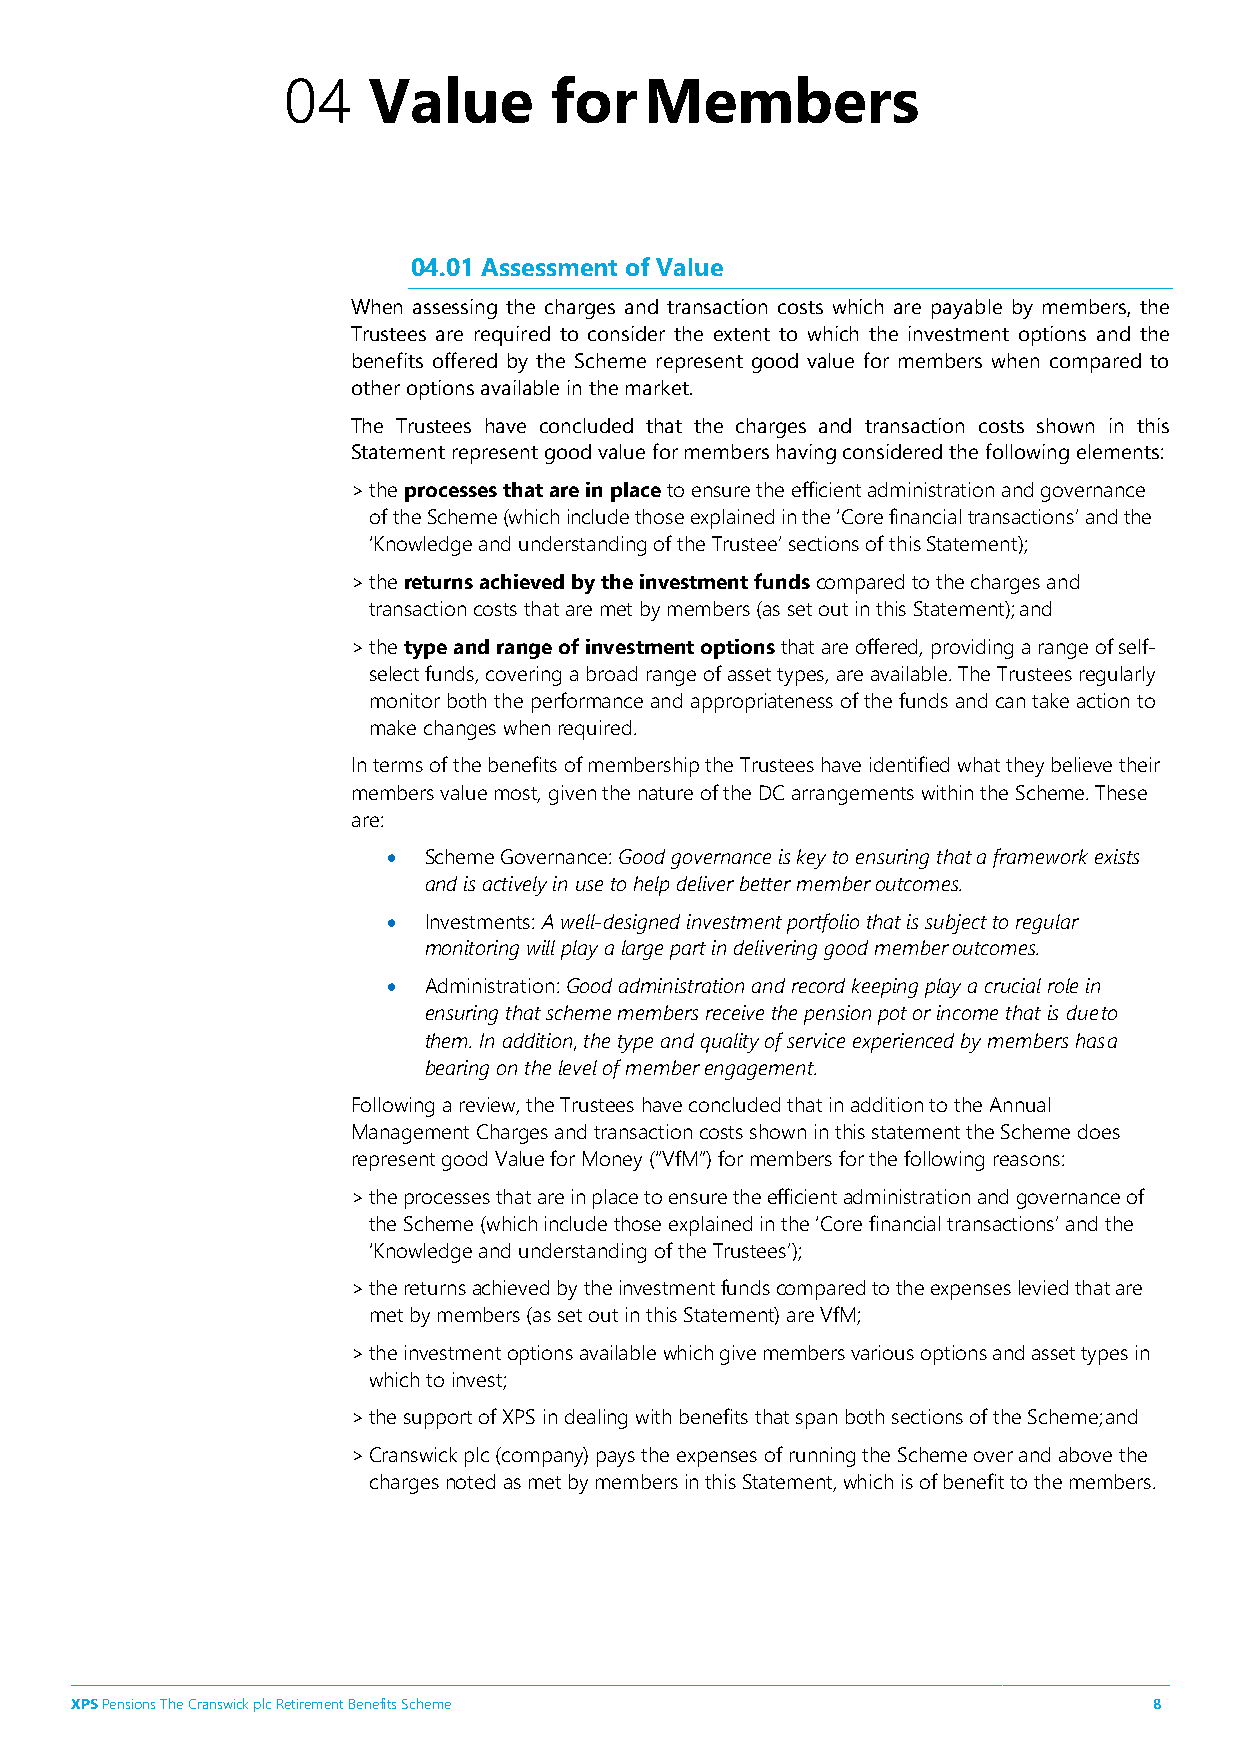
04   Value       for    Members
 04.01 Assessment of Value
 When assessing the charges and transaction costs which are payable by members, the
 Trustees are required to consider the extent to which the investment options and the
 benefits offered by the Scheme represent good value for members when compared to
 other options available in the market.
 The Trustees have concluded that the charges and transaction costs shown in this
 Statement represent good value for members having considered the following elements:
 > the processes that are in place to ensure the efficient administration and governance
 of the Scheme (which include those explained in the ‘Core financial transactions’ and the
 ‘Knowledge and understanding of the Trustee’ sections of this Statement);
 > the returns achieved by the investment funds compared to the charges and
 transaction costs that are met by members (as set out in this Statement); and
 > the type and range of investment options that are offered, providing a range of self-
 select funds, covering a broad range of asset types, are available. The Trustees regularly
 monitor both the performance and appropriateness of the funds and can take action to
 make changes when required.
 In terms of the benefits of membership the Trustees have identified what they believe their
 members value most, given the nature of the DC arrangements within the Scheme. These
 are:
 • Scheme Governance: Good governance is key to ensuring that a framework exists
 and is actively in use to help deliver better member outcomes.
 • Investments: A well-designed investment portfolio that is subject to regular
 monitoring will play a large part in delivering good member outcomes.
 • Administration: Good administration and record keeping play a crucial role in
 ensuring that scheme members receive the pension pot or income that is due to
 them. In addition, the type and quality of service experienced by members has a
 bearing on the level of member engagement.
 Following a review, the Trustees have concluded that in addition to the Annual
 Management Charges and transaction costs shown in this statement the Scheme does
 represent good Value for Money (“VfM”) for members for the following reasons:
 > the processes that are in place to ensure the efficient administration and governance of
 the Scheme (which include those explained in the ‘Core financial transactions’ and the
 ‘Knowledge and understanding of the Trustees’);
 > the returns achieved by the investment funds compared to the expenses levied that are
 met by members (as set out in this Statement) are VfM;
 > the investment options available which give members various options and asset types in
 which to invest;
 > the support of XPS in dealing with benefits that span both sections of the Scheme; and
 > Cranswick plc (company) pays the expenses of running the Scheme over and above the
 charges noted as met by members in this Statement, which is of benefit to the members.
 XPS Pensions The Cranswick plc Retirement Benefits Scheme              8